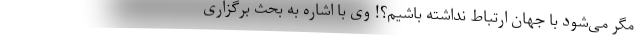
مگر می‌شود با جهان ارتباط نداشته باشیم؟! وی با اشاره به بحث برگزاری